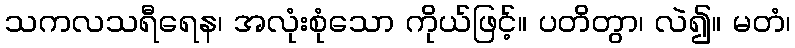
သကလသရီရေန၊ အလုံးစုံသော ကိုယ်ဖြင့်။ ပတိတွာ၊ လဲ၍။ မတံ၊